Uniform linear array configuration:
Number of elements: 32
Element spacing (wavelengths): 0.5
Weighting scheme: hann
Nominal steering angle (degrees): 60
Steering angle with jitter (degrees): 60.712
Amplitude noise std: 0.05
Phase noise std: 0.05

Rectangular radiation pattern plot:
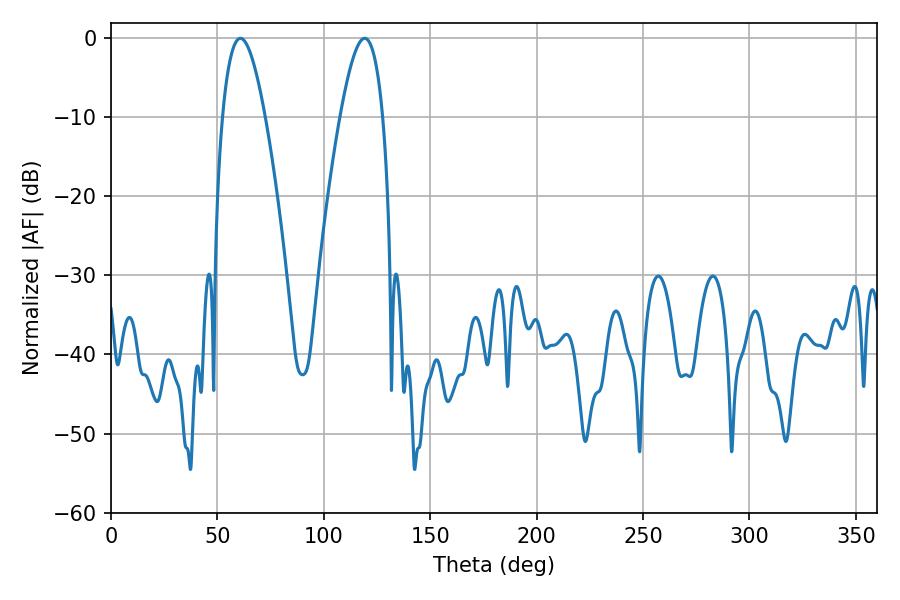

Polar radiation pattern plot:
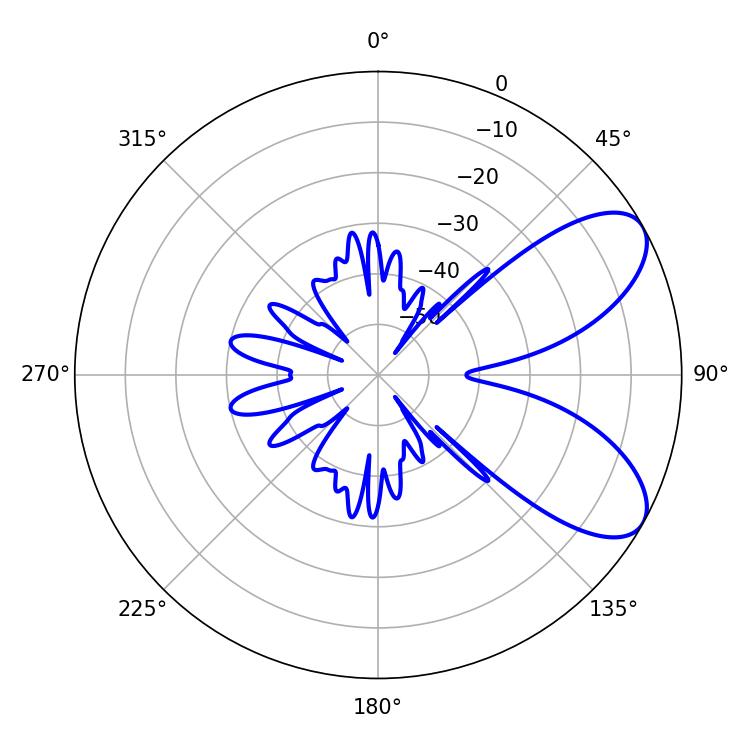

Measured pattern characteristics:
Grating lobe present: FALSE
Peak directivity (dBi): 7.435
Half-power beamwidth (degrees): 10.98
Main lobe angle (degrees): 60.84